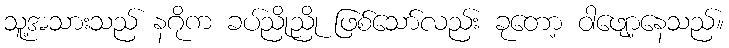
သူ့အသားသည် နဂိုက ခပ်ညိုညို ဖြစ်သော်လည်း ခုတော့ ဝါဖျော့နေသည်။